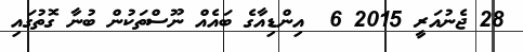
28 ޖެނުއަރީ 2015 6  އިންޑިއާގެ ބައެއް ނޫސްތަކުން ބުނާ ގޮތުގައި